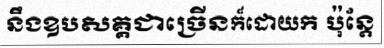
នឹងឧបសគ្គជាច្រើនក៏ដោយក ប៉ុន្តែ